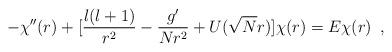
LaTeX: \begin{align*}-\chi^{\prime\prime}(r) + [ \frac{l(l+1)}{r^2} - \frac{g^{\prime}}{N r^2}+ U(\sqrt{N}r) ] \chi (r) = E \chi(r)\,\,\,,\end{align*}